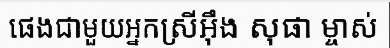
ផេងជាមួយអ្នកស្រីអ៊ឹង សុផា ម្ចាស់